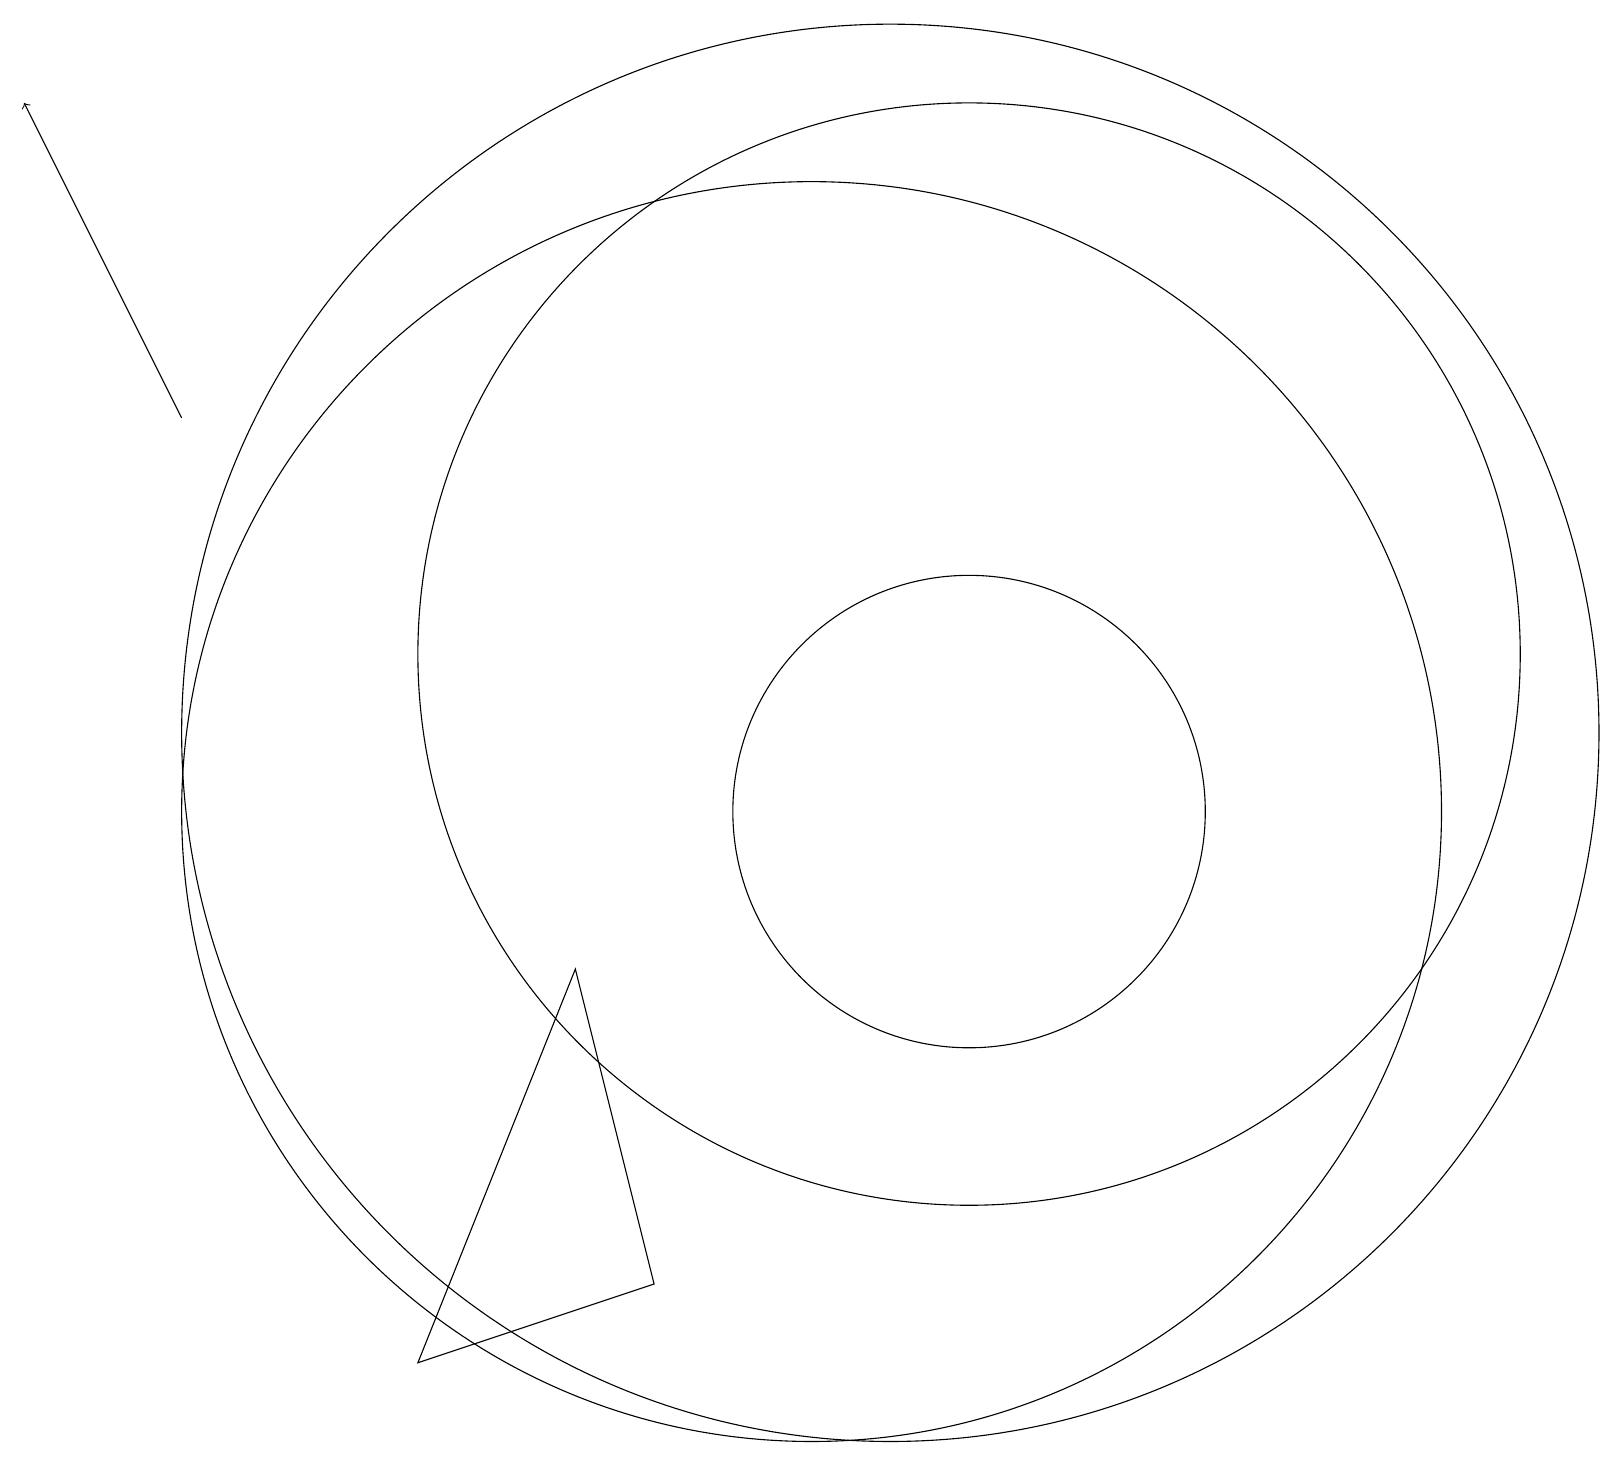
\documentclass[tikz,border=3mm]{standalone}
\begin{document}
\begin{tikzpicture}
\draw[->] (2,15) -- (0,19);
\draw (12,10) circle (3);
\draw (8,4) -- (5,3) -- (7,8) -- cycle;
\draw (11,11) circle (9);
\draw (12,12) circle (7);
\draw (10,10) circle (8);
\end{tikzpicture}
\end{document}